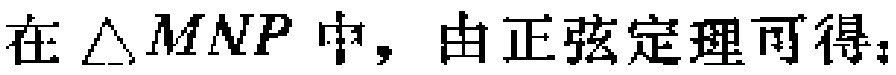
在\(\triangle MNP\)中，由正弦定理可得：